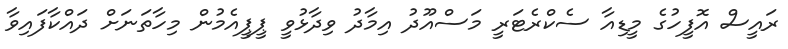
ރައީސް އޮފީހުގެ މީޑިއާ ސެކްރެޓަރީ މަސްއޫދު އިމާދު ވިދާޅުވީ ޕީޕީއެމުން މިހާތަނަށް ދައްކާފައިވާ